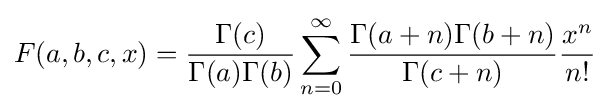
F(a,b,c,x)={\frac {\Gamma (c)}{\Gamma (a)\Gamma (b)}}\sum _{n=0}^{\infty }{\frac {\Gamma (a+n)\Gamma (b+n)}{\Gamma (c+n)}}{\frac {x^{n}}{n!}}